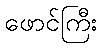
ဖောင်ကြီး